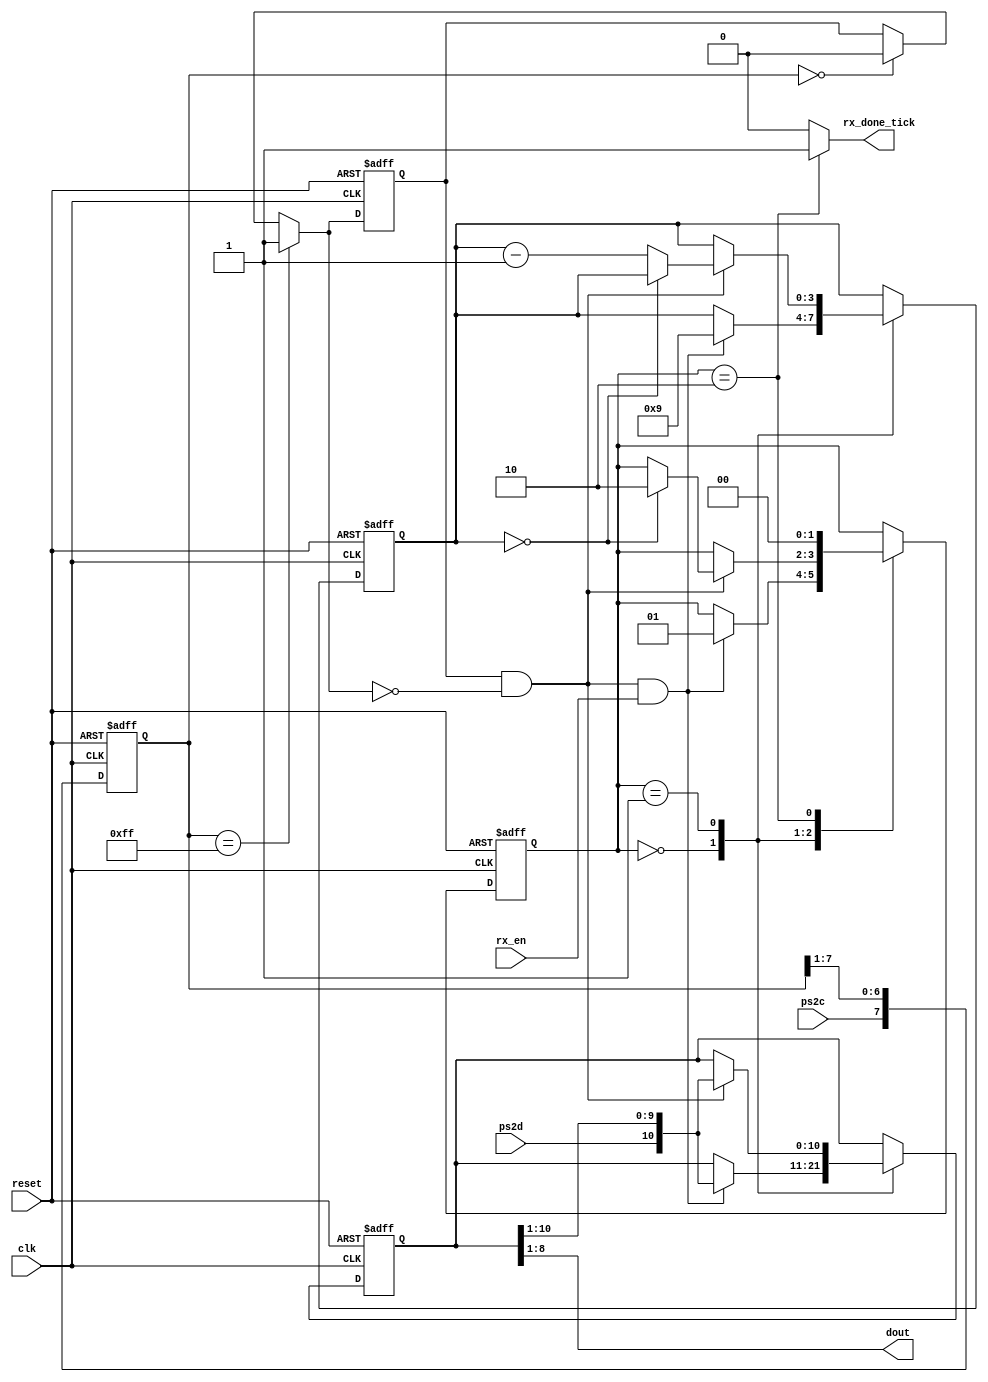
`timescale 1ns / 1ps
//////////////////////////////////////////////////////////////////////////////////
// Company: 
// Engineer: 
// 
// Design Name: 
// Module Name:    Teclado 
// Project Name: 
// Target Devices: 
// Tool versions: 
// Description: 
//
// Dependencies: 
//
// Revision: 
// Revision 0.01 - File Created
// Additional Comments: 
//
//////////////////////////////////////////////////////////////////////////////////

		module Teclado
		(
		input wire clk, reset,
		input wire ps2d, ps2c,rx_en,
		output reg rx_done_tick = 1'b0,
		output wire [7:0] dout
		);
		
	
		localparam [1:0]
			idle = 2'b00,
			dps = 2'b01,
			load = 2'b10;
			
			
		reg [1:0] state_reg = 2'b00, state_next = 2'b00;
		reg [7:0] filter_reg = 8'd0;
		wire [7:0] filter_next;
		reg f_ps2c_reg = 1'b0;
		wire f_ps2c_next;
		reg [3:0] n_reg = 4'b0000, n_next = 4'b0000;
		reg [10:0] b_reg = 11'd0, b_next = 11'd0;
		wire fall_edge;
		
	always @(posedge clk, posedge reset)
	if (reset)
		
		begin
		filter_reg <= 0;
		f_ps2c_reg <= 0;
		
		end

	else 
	
	begin
	filter_reg <= filter_next;
	f_ps2c_reg <= f_ps2c_next;
	end
	
	assign filter_next = {ps2c, filter_reg[7:1]};
	assign f_ps2c_next = (filter_reg == 8'b11111111) ? 1'b1 :
								(filter_reg == 8'b00000000) ? 1'b0 :
								 f_ps2c_reg;
								 
	assign fall_edge = f_ps2c_reg & ~f_ps2c_next; 
	
	
	always @(posedge clk, posedge reset)
	if (reset)
	begin
	state_reg <= idle;
	n_reg <= 0;
	b_reg <= 0;
	end
	else 
	begin
	state_reg <= state_next;
	n_reg <= n_next;
	b_reg <= b_next;
	end
	
	always @* 
	begin 
		state_next = state_reg;
		rx_done_tick = 1'b0;
		n_next = n_reg; 
		b_next = b_reg;
		
	case (state_reg)
	idle: 
		if (fall_edge & rx_en)
		begin
		b_next = {ps2d, b_reg[10:1]};
		n_next = 4'b1001;
		state_next = dps;
		end
		
		
	dps: 
	
	if (fall_edge)
	
	begin
		b_next = {ps2d, b_reg[10:1]};
		if (n_reg == 0)
			state_next = load;
		else
			n_next = n_reg - 1'b1;
		end
		
	load: 
	begin
	state_next = idle;
	rx_done_tick = 1'b1;
	end
	endcase
	
	end
	
	assign dout = b_reg[8:1];
	
	
	endmodule